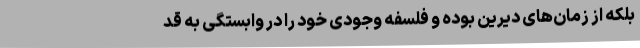
بلکه از زمان‌های دیرین بوده و فلسفه وجودی خود را در وابستگی به قد